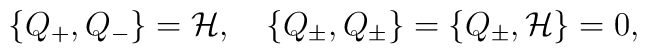
\{Q_+,Q_-\}={{\cal H}},\quad\{Q_\pm,Q_\pm\}=\{Q_\pm, {\cal H}\}=0,